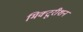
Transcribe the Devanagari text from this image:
मिक्टूरीशन